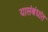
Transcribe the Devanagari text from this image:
यासंबंधांत